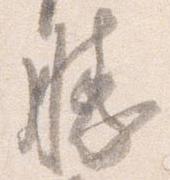
勝